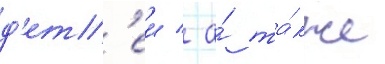
д'ет'еи / а́ та́кже